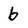
Character: b